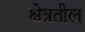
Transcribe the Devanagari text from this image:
क्षेत्रतील